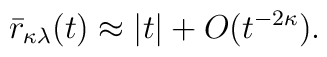
\bar{r}_{\kappa\lambda}(t) \approx |t| + O(t^{-2\kappa}).